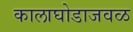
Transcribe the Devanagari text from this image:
कालाघोडाजवळ